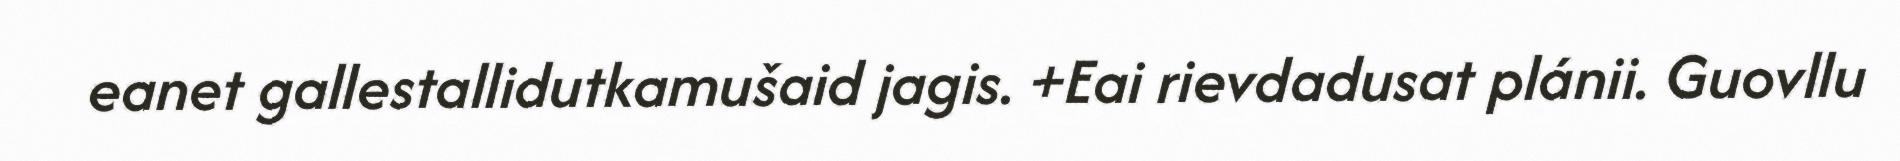
eanet gallestallidutkamušaid jagis. +Eai rievdadusat plánii. Guovllu